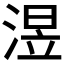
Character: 𣸭